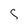
Character: s